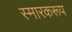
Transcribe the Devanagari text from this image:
स्मारकरूप